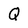
Character: Q